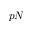
p N